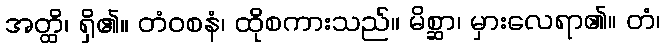
အတ္ထိ၊ ရှိ၏။ တံဝစနံ၊ ထိုစကားသည်။ မိစ္ဆာ၊ မှားလေရာ၏။ တံ၊